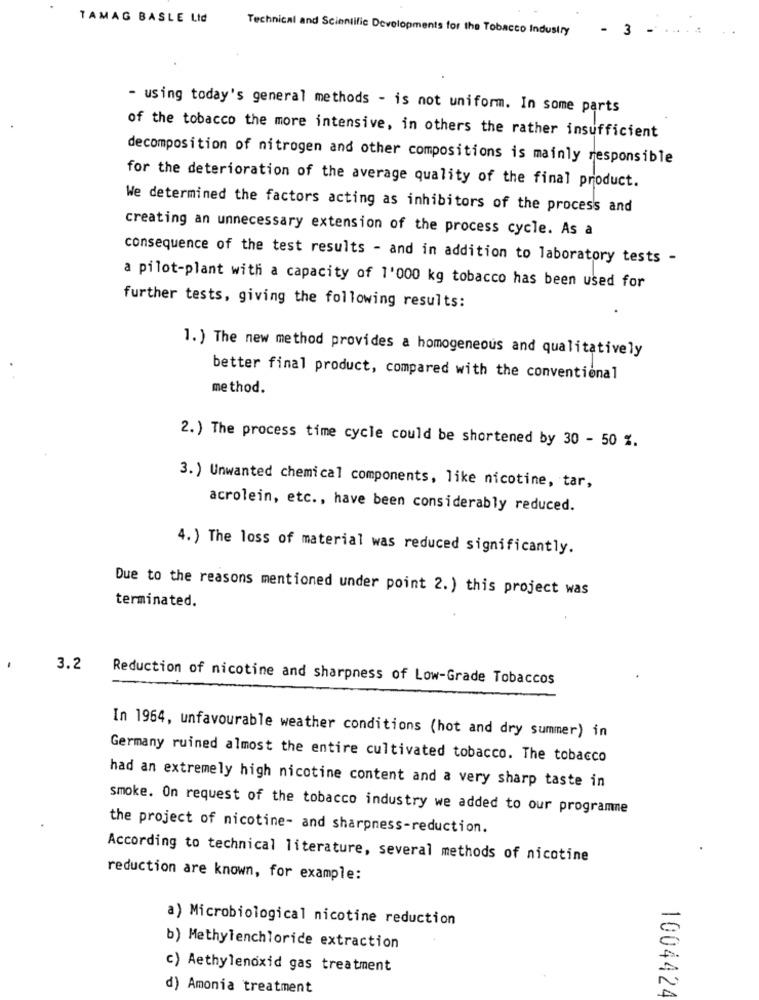
TAMAG BASLE Lid
Technical and Scientific Developments for the Tobacco Industry
3
- using today's general methods - is not uniform. In some parts
of the tobacco the more intensive, in others the rather insufficient
decomposition of nitrogen and other compositions is mainly responsible
for the deterioration of the average quality of the final product.
We determined the factors acting as inhibitors of the process and
creating an unnecessary extension of the process cycle. As a
consequence of the test results - and in addition to laboratory tests -
a pilot-plant with a capacity of 1'000 kg tobacco has been used for
further tests, giving the following results:
1. ) The new method provides a homogeneous and qualitatively
better final product, compared with the conventional
method.
2.) The process time cycle could be shortened by 30 - 50 %.
3.) Unwanted chemical components, like nicotine, tar,
acrolein, etc ., have been considerably reduced.
4. ) The loss of material was reduced significantly.
Due to the reasons mentioned under point 2. ) this project was
terminated.
3.2
Reduction of nicotine and sharpness of Low-Grade Tobaccos
In 1964, unfavourable weather conditions (hot and dry summer) in
Germany ruined almost the entire cultivated tobacco. The tobacco
had an extremely high nicotine content and a very sharp taste in
smoke. On request of the tobacco industry we added to our programme
the project of nicotine- and sharpness-reduction.
According to technical literature, several methods of nicotine
reduction are known, for example:
a) Microbiological nicotine reduction
b) Methylenchloride extraction
c) Aethylenoxid gas treatment
d) Amonia treatment
1004424